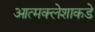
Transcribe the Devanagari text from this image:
आत्मक्लेशाकडे